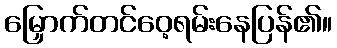
မြှောက်တင်ဝေ့ရမ်းနေပြန်၏။